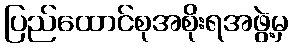
ပြည်ထောင်စုအစိုးရအဖွဲ့မှ